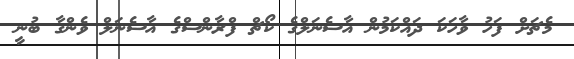
މެޗަށް ފަހު ވާހަކަ ދައްކަމުން އާސެނަލްގެ ކޯޗް ފްރާންސްގެ އާސެނަލް ވެންގާ ބުނީ